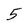
Character: 5